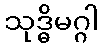
သုဒ္ဓိမဂ္ဂါ